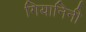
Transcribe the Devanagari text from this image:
गियानिनी